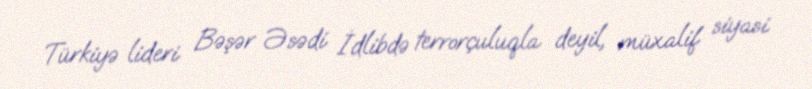
Türkiyə lideri Bəşər Əsədi İdlibdə terrorçuluqla deyil, müxalif siyasi